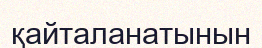
қайталанатынын